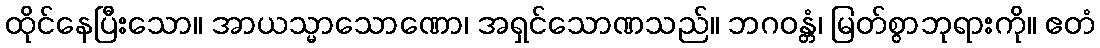
ထိုင်နေပြီးသော။ အာယသ္မာသောဏော၊ အရှင်သောဏသည်။ ဘဂဝန္တံ၊ မြတ်စွာဘုရားကို။ ဧတံ